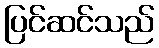
ပြင်ဆင်သည်